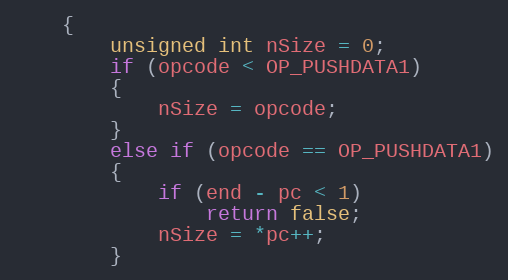
Language: C++
    {
        unsigned int nSize = 0;
        if (opcode < OP_PUSHDATA1)
        {
            nSize = opcode;
        }
        else if (opcode == OP_PUSHDATA1)
        {
            if (end - pc < 1)
                return false;
            nSize = *pc++;
        }